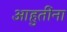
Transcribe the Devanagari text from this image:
आहुतींना